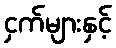
ငှက်များနှင့်